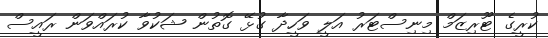
ކުރީގެ ޓޫރިޒަމް މިނިސްޓަރު އަލީ ވަހީދާ ގުޅޭ ގޮތުން ޝަކުވާ ކުރައްވަން ރައީސް